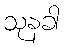
သုနခါ